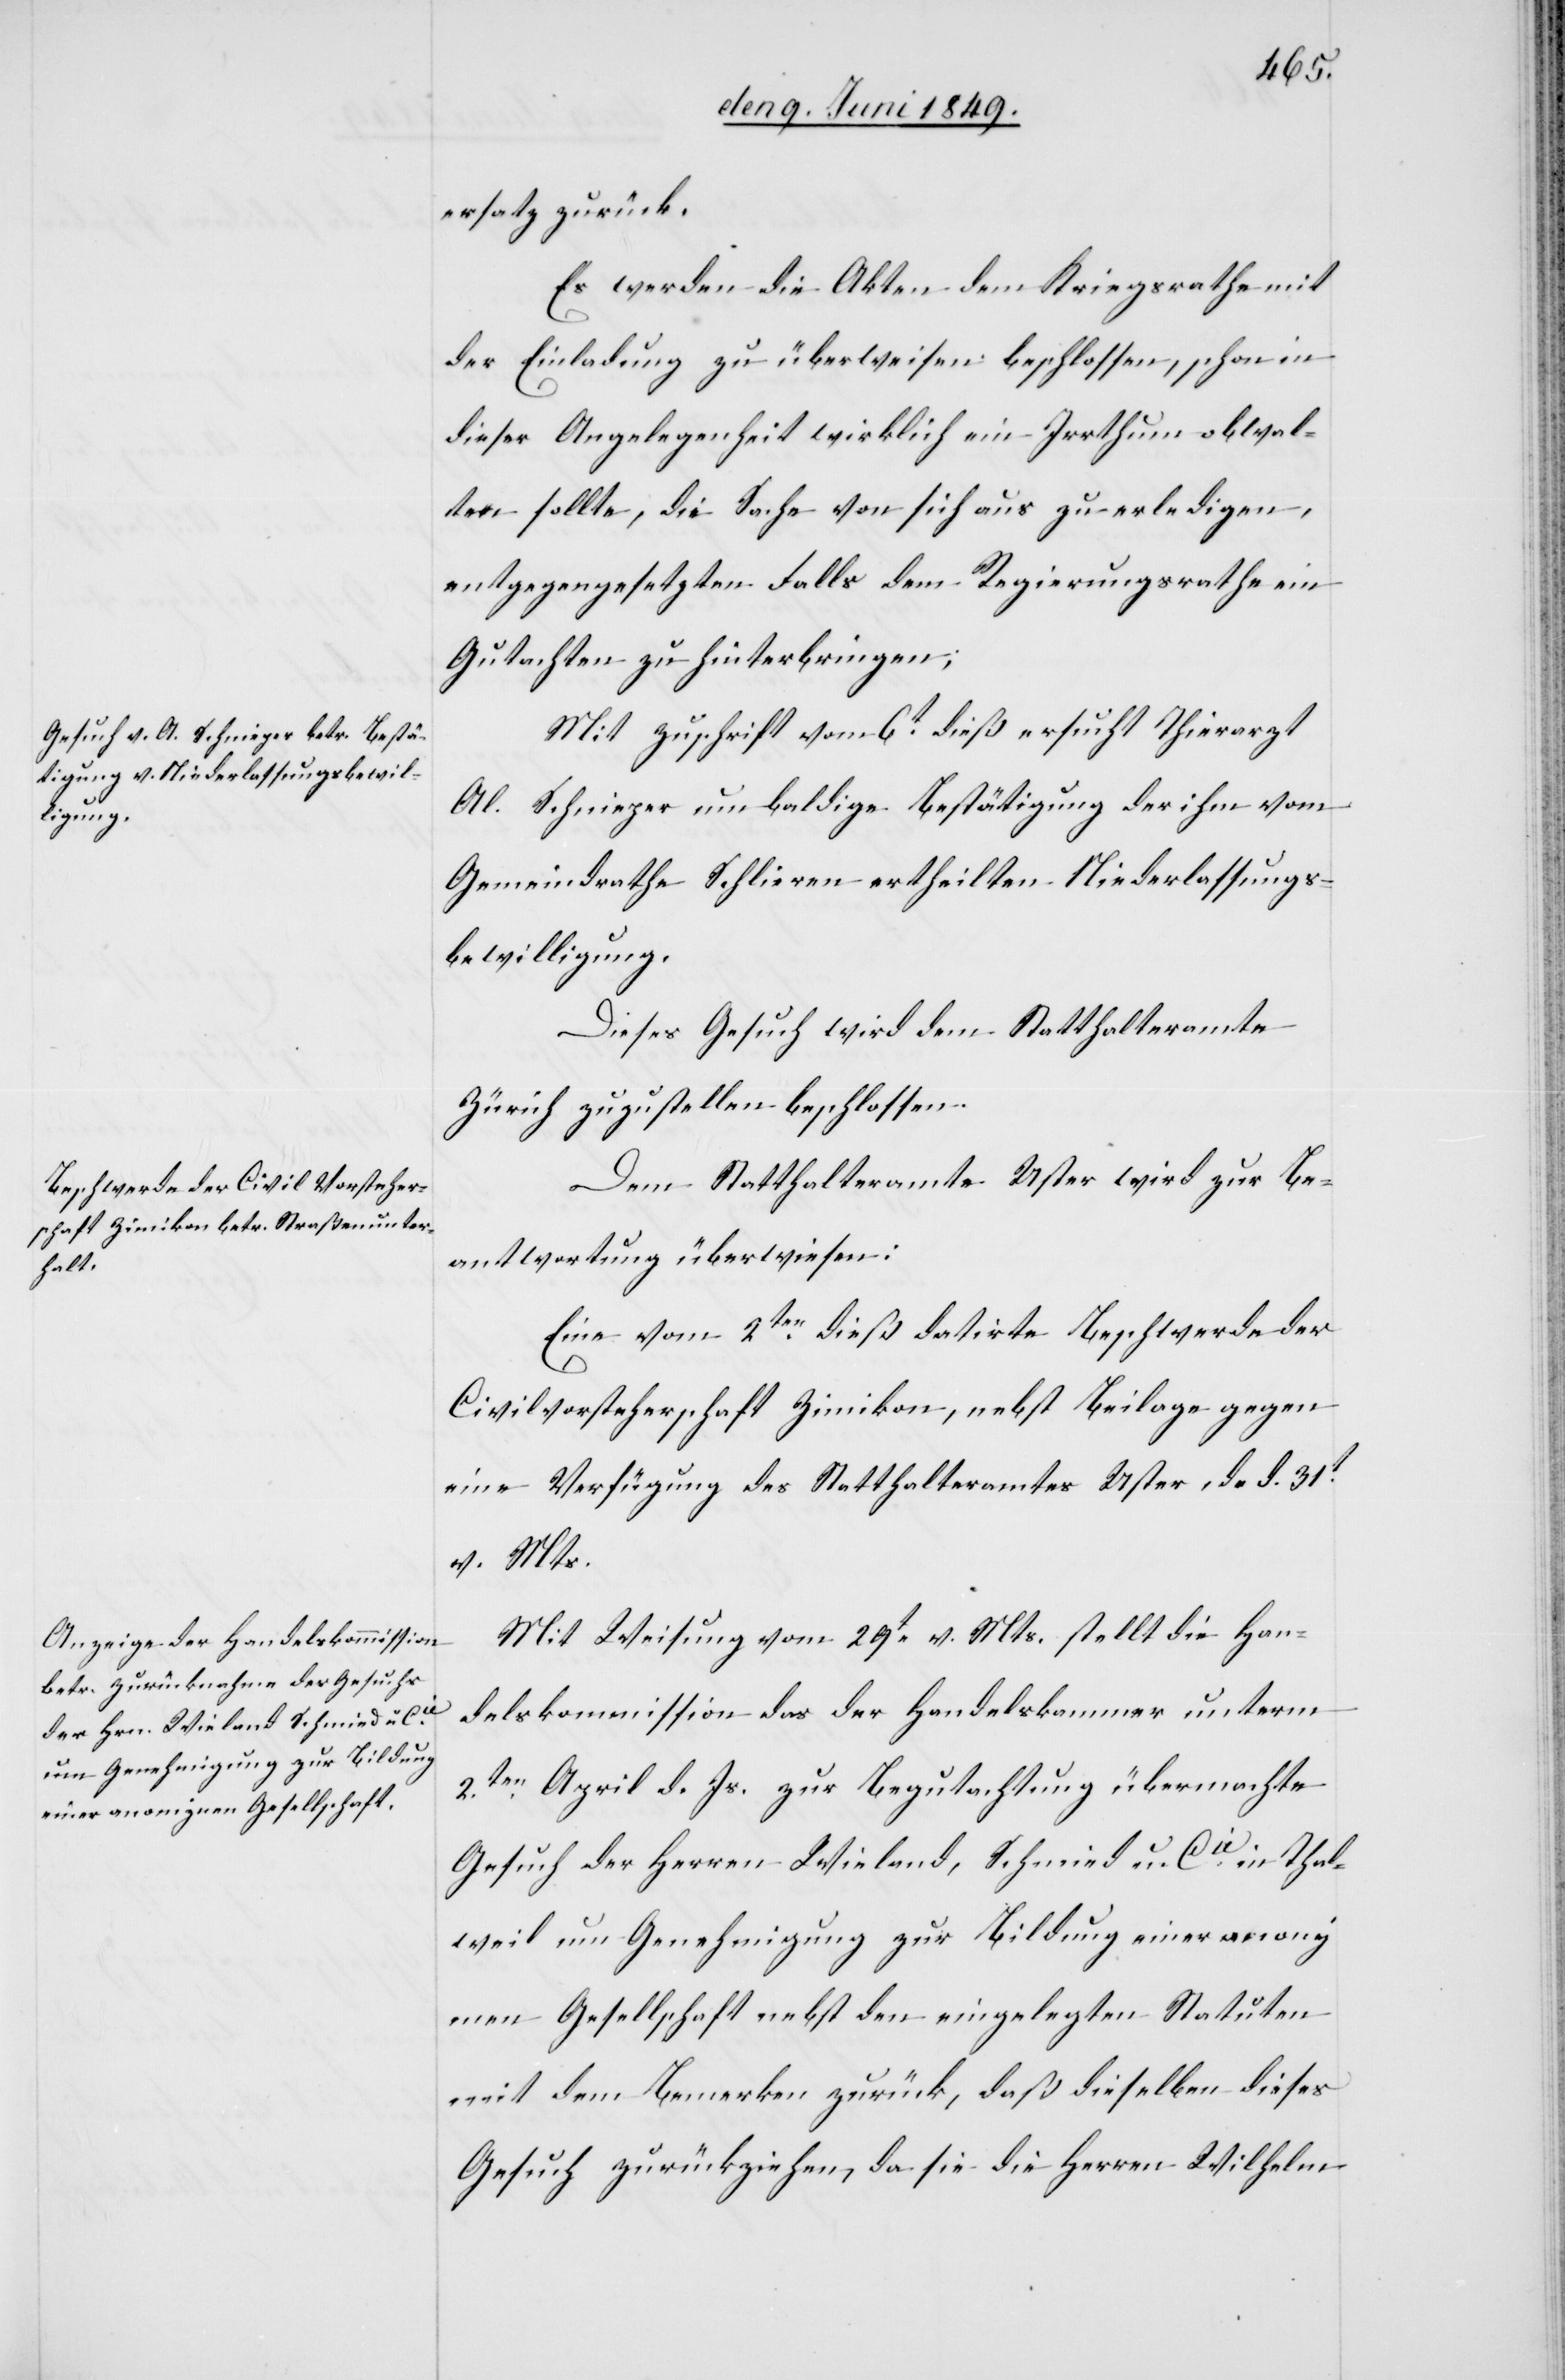
ersatz zurück.
Es werden die Akten dem Kriegsrathe mit
der Einladung zu überweisen beschlossen, schon
dieser Angelegenheit wirklich ein Irrthum obwal¬
ten sollte, die Sache von sich aus zu erledigen,
entgegengesetzten Falls dem Regierungsrathe ein
Gutachten zu hinterbringen.
Mit Zuschrift vom 6t dieß ersucht Thierarzt
Al. Schniezer um baldige Bestätigung der ihm vom
Gemeindrathe Schlieren ertheilten Niederlassungs¬
bewilligung.
Dieses Gesuch wird dem Statthalteramte
Zürich zuzustellen beschlossen.
Dem Statthalteramte Uster wird zur Be¬
antwortung überwiesen:
Eine vom 2ten dieß datirte Beschwerde der
Civilvorsteherschaft Zimikon, nebst Beilage gegen
eine Verfügung des Statthalteramtes Uster, d. d. 31t
v. Mts.
Mit Weisung vom 29t v. Mts. stellt die Han¬
delskommission das der Handelskammer unterm
2ten April d. Js. zur Begutachtung übermachte
Gesuch der Herren Wieland, Schmied u. Cie in Thal¬
weil um Genehmigung zur Bildung einer anony¬
men Gesellschaft nebst den eingelegten Statuten
mit dem Bemerken zurück, daß dieselben dieses
Gesuch zurückzuziehen, da sie die Herren Wilhelm